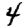
Digit: 4